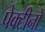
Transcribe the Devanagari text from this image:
पेक्टीनो